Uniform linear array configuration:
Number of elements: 48
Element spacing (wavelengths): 0.5
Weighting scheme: binomial
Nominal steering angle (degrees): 0
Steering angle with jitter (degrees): -0.7609
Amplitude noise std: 0.05
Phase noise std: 0.05

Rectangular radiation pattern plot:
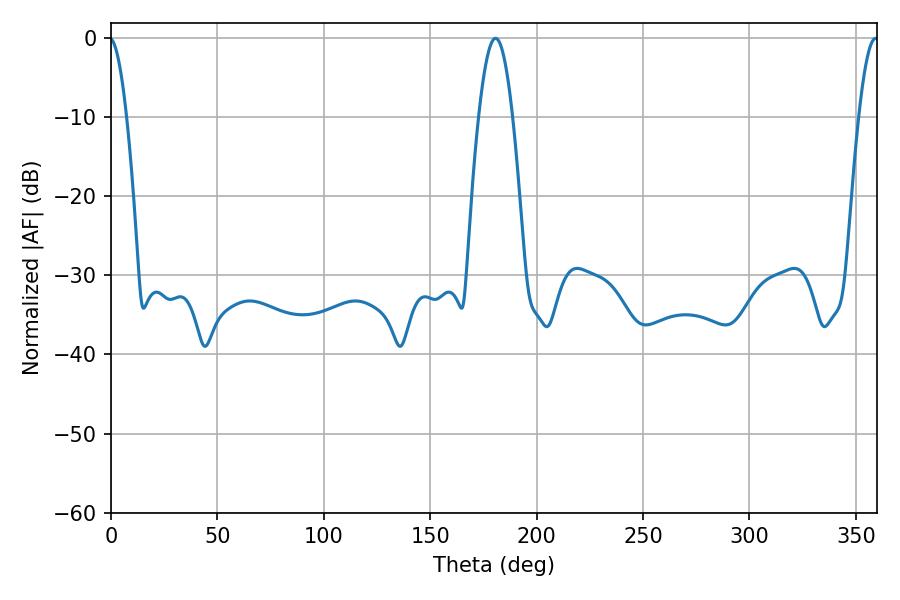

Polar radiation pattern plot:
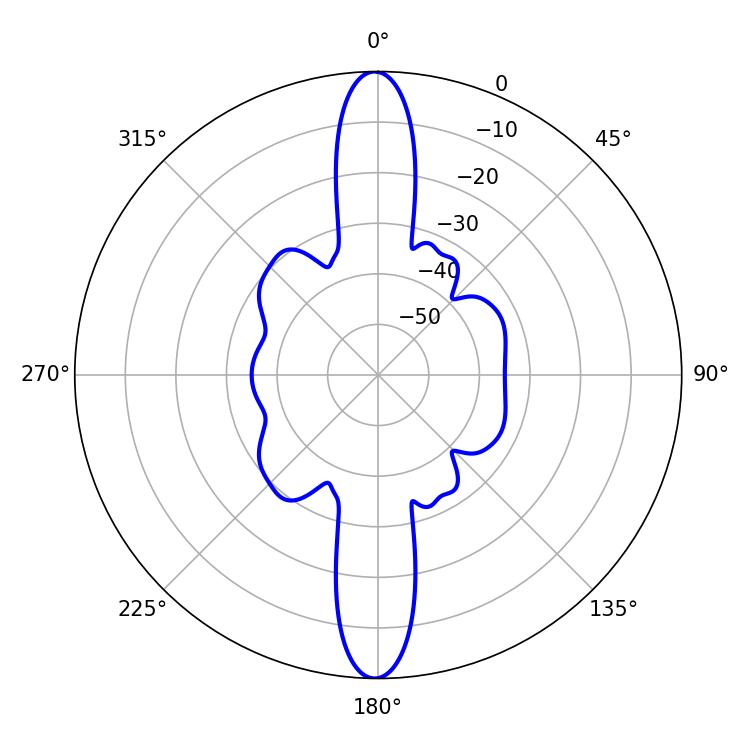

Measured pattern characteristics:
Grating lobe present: FALSE
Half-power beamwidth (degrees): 5.04
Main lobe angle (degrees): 359.28